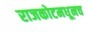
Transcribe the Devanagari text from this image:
राजकोटमधूनच